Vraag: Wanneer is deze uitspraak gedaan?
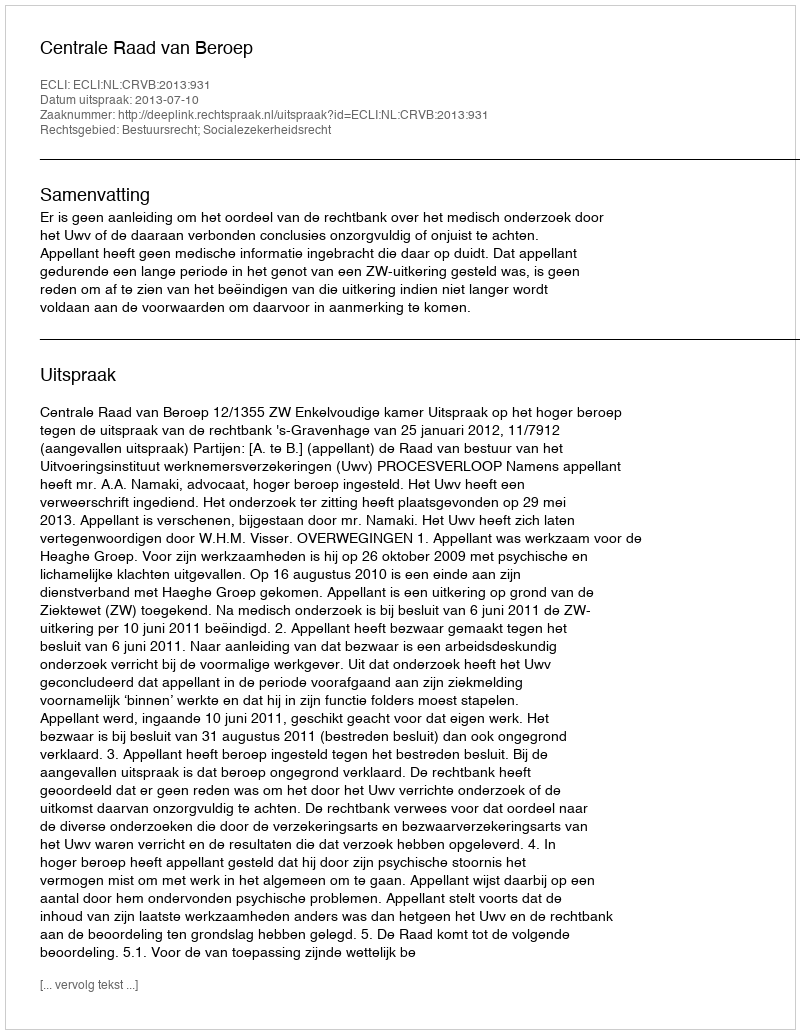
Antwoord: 2013-07-10